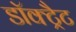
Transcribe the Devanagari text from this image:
डॉक्ट्रैट